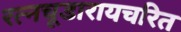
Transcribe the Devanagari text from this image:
रत्नचूडारायचरित